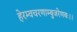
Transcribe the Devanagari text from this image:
हेरम्वचरणाम्बुजरेणबः।।